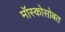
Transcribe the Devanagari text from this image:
मॉस्कोसोबत